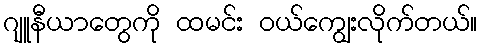
ဂျူနီယာတွေကို ထမင်း ဝယ်ကျွေးလိုက်တယ်။